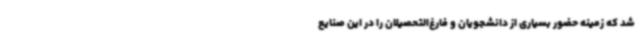
شد که زمینه حضور بسیاری از دانشجویان و فارغ‌التحصیلان را در این صنایع